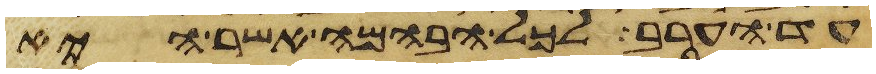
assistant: עד הערב לכל הבהמה אשר היא